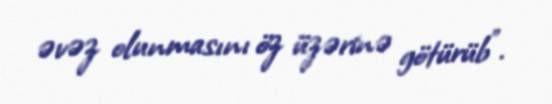
əvəz olunmasını öz üzərinə götürüb”.